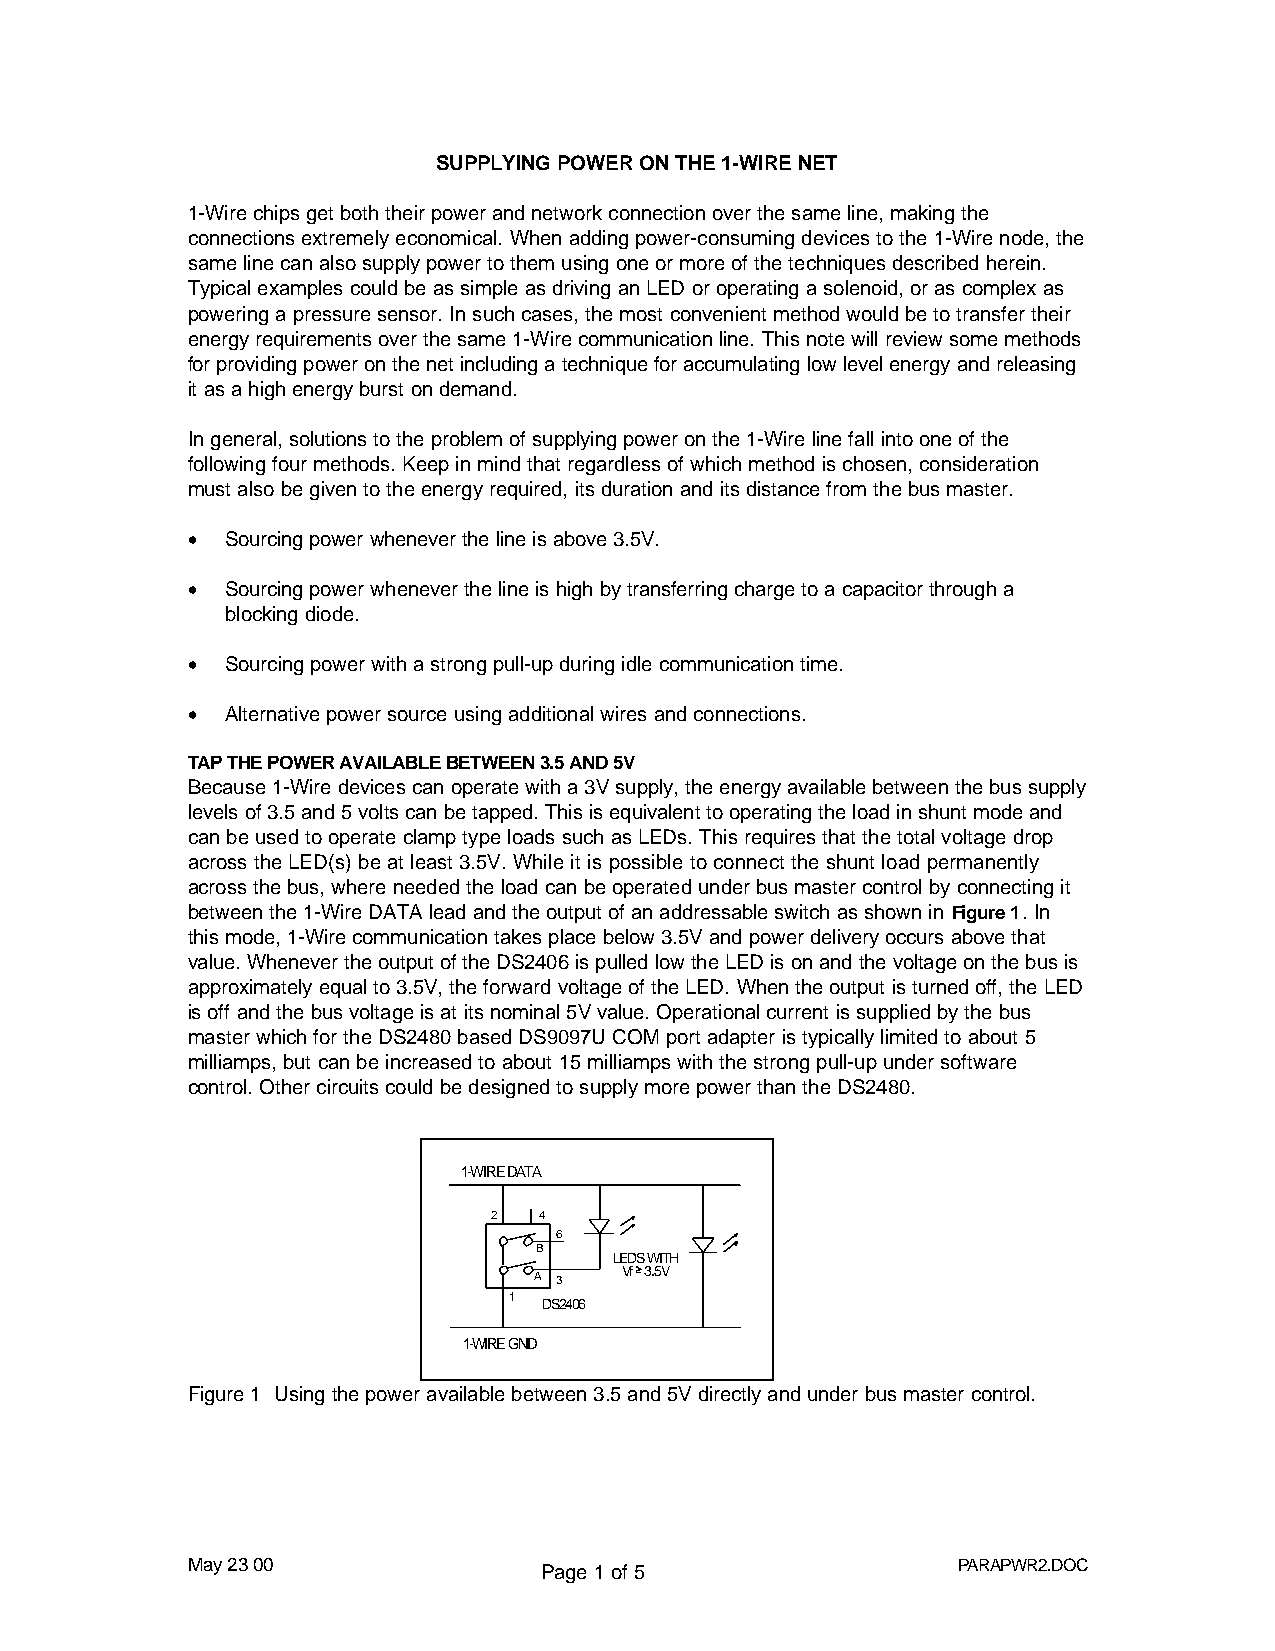
SUPPLYING POWER ON THE 1-WIRE NET
 1-Wire chips get both their power and network connection over the same line, making the
 connections extremely economical. When adding power-consuming devices to the 1-Wire node, the
 same line can also supply power to them using one or more of the techniques described herein.
 Typical examples could be as simple as driving an LED or operating a solenoid, or as complex as
 powering a pressure sensor. In such cases, the most convenient method would be to transfer their
 energy requirements over the same 1-Wire communication line. This note will review some methods
 for providing power on the net including a technique for accumulating low level energy and releasing
 it as a high energy burst on demand.
 In general, solutions to the problem of supplying power on the 1-Wire line fall into one of the
 following four methods. Keep in mind that regardless of which method is chosen, consideration
 must also be given to the energy required, its duration and its distance from the bus master.
 •  Sourcing power whenever the line is above 3.5V.
 •  Sourcing power whenever the line is high by transferring charge to a capacitor through a
 blocking diode.
 •  Sourcing power with a strong pull-up during idle communication time.
 •  Alternative power source using additional wires and connections.
 TAP THE POWER AVAILABLE BETWEEN 3.5 AND 5V
 Because 1-Wire devices can operate with a 3V supply, the energy available between the bus supply
 levels of 3.5 and 5 volts can be tapped. This is equivalent to operating the load in shunt mode and
 can be used to operate clamp type loads such as LEDs. This requires that the total voltage drop
 across the LED(s) be at least 3.5V. While it is possible to connect the shunt load permanently
 across the bus, where needed the load can be operated under bus master control by connecting it
 between the 1-Wire DATA lead and the output of an addressable switch as shown in Figure 1. In
 this mode, 1-Wire communication takes place below 3.5V and power delivery occurs above that
 value. Whenever the output of the DS2406 is pulled low the LED is on and the voltage on the bus is
 approximately equal to 3.5V, the forward voltage of the LED. When the output is turned off, the LED
 is off and the bus voltage is at its nominal 5V value. Operational current is supplied by the bus
 master which for the DS2480 based DS9097U COM port adapter is typically limited to about 5
 milliamps, but can be increased to about 15 milliamps with the strong pull-up under software
 control. Other circuits could be designed to supply more power than the DS2480.
 1-WIRE DATA
 2   4
 6
 B
 LEDS WITH
 Vf 3.5V
 A 3
 1
 DS2406
 1-WIRE GND
 Figure 1 Using the power available between 3.5 and 5V directly and under bus master control.
 May 23 00               Page 1 of 5                PARAPWR2.DOC